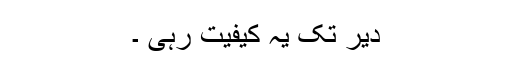
دیر تک یہ کیفیت رہی ۔